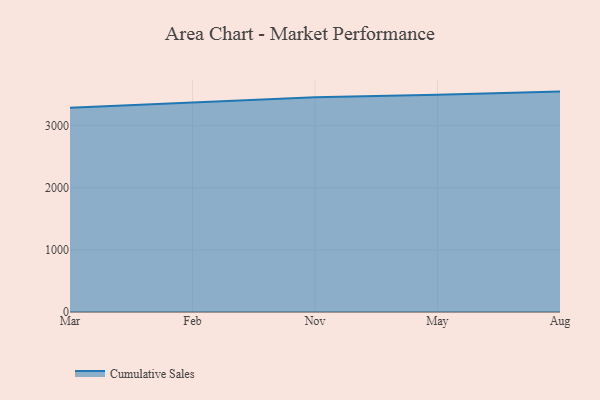
{"axis": {"x": "Month", "y": "Waste Production (Tons)"}, "legend": ["Cumulative Sales"], "data": [{"x": "Mar", "y": 3287.1, "type": "Cumulative Sales"}, {"x": "Feb", "y": 3367.6, "type": "Cumulative Sales"}, {"x": "Nov", "y": 3456.8, "type": "Cumulative Sales"}, {"x": "May", "y": 3497.3, "type": "Cumulative Sales"}, {"x": "Aug", "y": 3547.7, "type": "Cumulative Sales"}]}